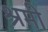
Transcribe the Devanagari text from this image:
श्रमी